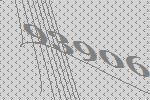
93906